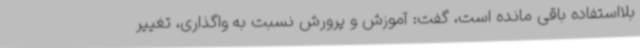
بلااستفاده باقی مانده است، گفت: آموزش و پرورش نسبت به واگذاری، تغییر